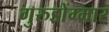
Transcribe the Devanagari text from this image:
गुरुडोंग्मार